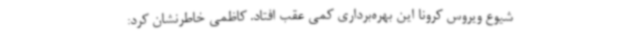
شیوع ویروس کرونا این بهره‌برداری کمی عقب افتاد. کاظمی خاطرنشان کرد: